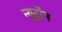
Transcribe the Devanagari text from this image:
न्यूट्राॅन